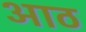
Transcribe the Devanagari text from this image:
अाठ